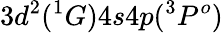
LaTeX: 3d^{2}(^{1}G)4s4p(^{3}P^{o})